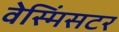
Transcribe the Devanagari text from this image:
वेस्मिंसटर